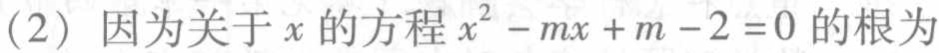
(2) 因为关于\(x\)的方程\(x^{2}-mx + m - 2 = 0\)的根为